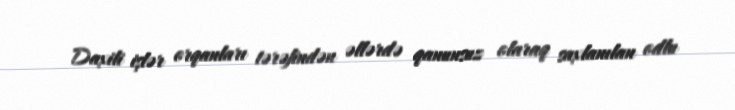
Daxili işlər orqanları tərəfindən əllərdə qanunsuz olaraq saxlanılan odlu